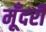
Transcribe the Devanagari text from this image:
मूँदरी